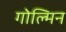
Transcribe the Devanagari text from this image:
गोल्मिन